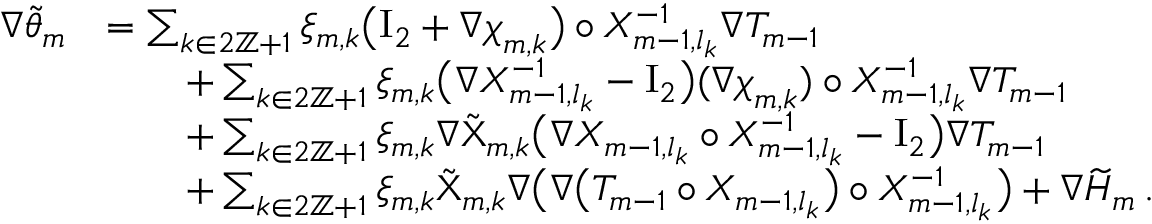
\begin{array} { r l } { \nabla \tilde { \theta } _ { m } } & { = \sum _ { k \in 2 \ensuremath { \mathbb { Z } } + 1 } \xi _ { m , k } \bigl ( \ensuremath { \mathrm { I } _ { 2 } } + \nabla { \boldsymbol { \chi } } _ { m , k } \bigr ) \circ X _ { m - 1 , l _ { k } } ^ { - 1 } \nabla T _ { m - 1 } } \\ & { \qquad + \sum _ { k \in 2 \ensuremath { \mathbb { Z } } + 1 } \xi _ { m , k } \bigl ( \nabla X _ { m - 1 , l _ { k } } ^ { - 1 } - \ensuremath { \mathrm { I } _ { 2 } } \bigr ) ( \nabla { \boldsymbol { \chi } } _ { m , k } ) \circ X _ { m - 1 , l _ { k } } ^ { - 1 } \nabla T _ { m - 1 } } \\ & { \qquad + \sum _ { k \in 2 \ensuremath { \mathbb { Z } } + 1 } \xi _ { m , k } \nabla \tilde { \Chi } _ { m , k } \bigl ( \nabla X _ { m - 1 , l _ { k } } \circ X _ { m - 1 , l _ { k } } ^ { - 1 } - \ensuremath { \mathrm { I } _ { 2 } } \bigr ) \nabla T _ { m - 1 } } \\ & { \qquad + \sum _ { k \in 2 \ensuremath { \mathbb { Z } } + 1 } \xi _ { m , k } \tilde { \Chi } _ { m , k } \nabla \bigl ( \nabla \bigl ( T _ { m - 1 } \circ X _ { m - 1 , l _ { k } } \bigr ) \circ X _ { m - 1 , l _ { k } } ^ { - 1 } \bigr ) + \nabla \widetilde { H } _ { m } \, . } \end{array}